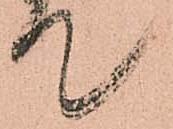
て